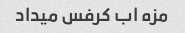
مزه اب کرفس میداد